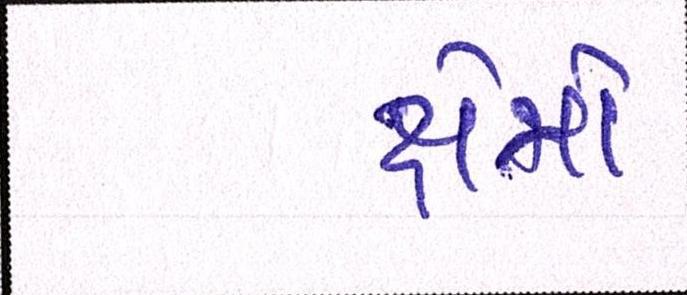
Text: ક્ષેત્રો